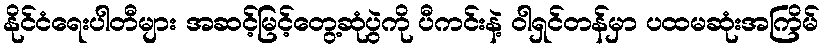
နိုင်ငံရေးပါတီများ အဆင့်မြင့်တွေ့ဆုံပွဲကို ပီကင်းနဲ့ ဝါရှင်တန်မှာ ပထမဆုံးအကြိမ်